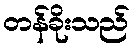
တန်ခိုးသည်